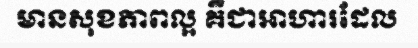
មានសុខភាពល្អ គឺជាអាហារដែល